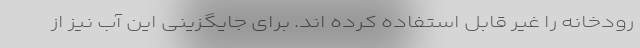
رودخانه را غیر قابل استفاده کرده اند. برای جایگزینی این آب نیز از